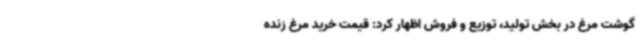
گوشت مرغ در بخش تولید، توزیع و فروش اظهار کرد: قیمت خرید مرغ زنده